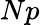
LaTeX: Np